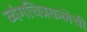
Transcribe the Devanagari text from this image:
व्यंगचित्रकलेची